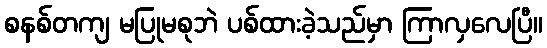
စနစ်တကျ မပြုမစုဘဲ ပစ်ထားခဲ့သည်မှာ ကြာလှလေပြီ။